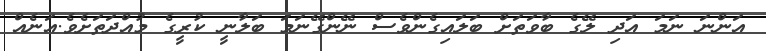
އަންނަ ނަމަ އަދި ލޭގެ ބާވަތަށް ބަލައިގެންވެސް ނޭންގޭނަމަ ބަލާނީ ކުރީގެ މުއްދަތަށެވެ.އަނެއް